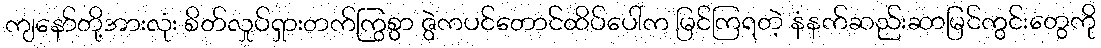
ကျနော်တို့အားလုံး စိတ်လှုပ်ရှားတက်ကြွစွာ ဇွဲကပင်တောင်ထိပ်ပေါ်က မြင်ကြရတဲ့ နံနက်ဆည်းဆာမြင်ကွင်းတွေကို